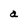
Character: a